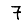
Digit: 7